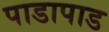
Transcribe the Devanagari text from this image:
पाडापाड